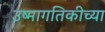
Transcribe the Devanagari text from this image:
उष्मागतिकीच्या